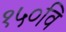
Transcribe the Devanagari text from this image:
१५०वि